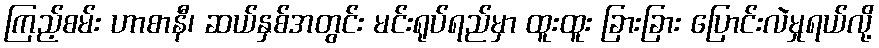
ကြည့်စမ်း ဟာစာနီ၊ ဆယ်နှစ်အတွင်း မင်းရုပ်ရည်မှာ ထူးထူး ခြားခြား ပြောင်းလဲမှုရယ်လို့